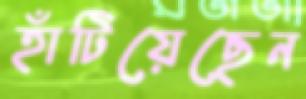
হাঁটিয়েছেন